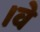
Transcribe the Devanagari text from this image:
।वे